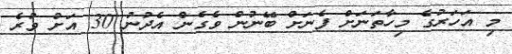
މި އަހަރުގެ މިހާތަނަށް ފެނަށް ބޭނުން ވެގެން އެދުނު 30 އަށް ވުރެ